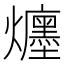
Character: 𤒲